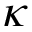
\kappa